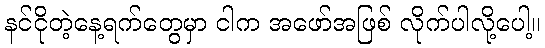
နင်ငိုတဲ့နေ့ရက်တွေမှာ ငါက အဖော်အဖြစ် လိုက်ပါလို့ပေါ့။